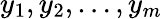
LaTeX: y_{1},y_{2},\dots,y_{m}